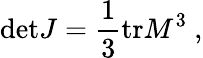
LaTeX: \textrm{det}J=\frac{1}{3}\textrm{tr}M^{3}\ ,